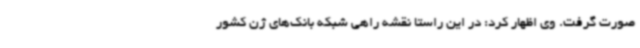
صورت گرفت. وی اظهار کرد: در این راستا نقشه راهی شبکه بانک‌های ژن کشور